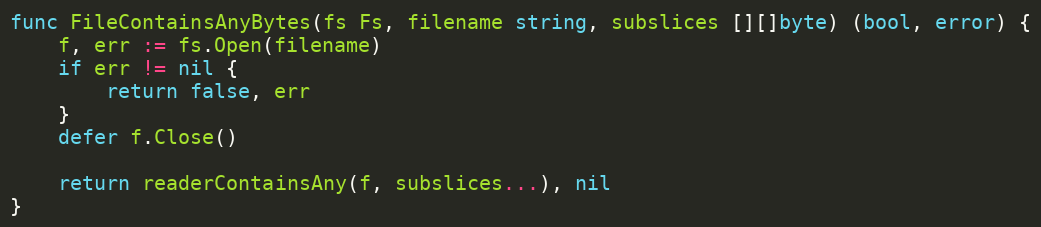
Language: Go
func FileContainsAnyBytes(fs Fs, filename string, subslices [][]byte) (bool, error) {
	f, err := fs.Open(filename)
	if err != nil {
		return false, err
	}
	defer f.Close()

	return readerContainsAny(f, subslices...), nil
}